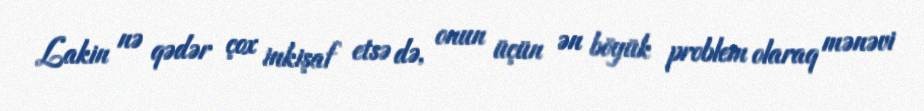
Lakin nə qədər çox inkişaf etsə də, onun üçün ən böyük problem olaraq mənəvi